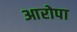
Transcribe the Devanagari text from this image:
आरोपा